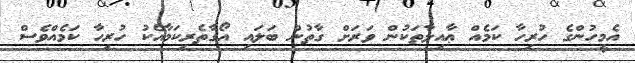
އެމީހުންގެ ހުރިހާ ކަމެއް ޢާއިލާތަކުން ވަރަށް ގާތުން ބަލައި އޯގާތެރިކަމާއެކު ހުރިހާ ކަމެއްވެސް